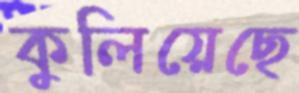
কুলিয়েছে